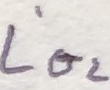
Text: L'O2